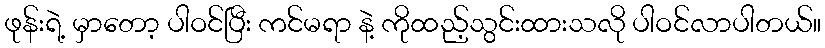
ဖုန်းရဲ့ မှာတော့ ပါဝင်ပြီး ကင်မရာ နဲ့ ကိုထည့်သွင်းထားသလို ပါဝင်လာပါတယ်။